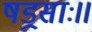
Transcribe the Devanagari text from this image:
षड्रसाः॥